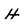
Character: H